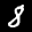
Label: 8